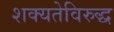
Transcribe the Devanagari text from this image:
शक्यतेविरुद्ध